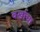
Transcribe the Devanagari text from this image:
वर्खाचा